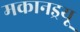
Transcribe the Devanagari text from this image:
मकानड्रयू